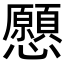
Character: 𢥧